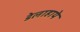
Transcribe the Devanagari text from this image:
डेलाहाये